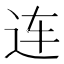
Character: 连